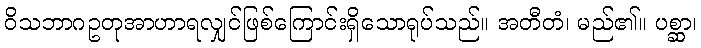
ဝိသဘာဂဥတုအာဟာရလျှင်ဖြစ်ကြောင်းရှိသောရုပ်သည်။ အတီတံ၊ မည်၏။ ပစ္ဆာ၊